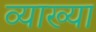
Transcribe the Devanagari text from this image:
व्याख्या